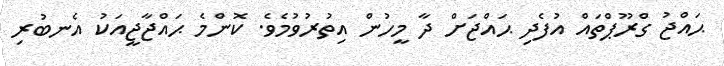
ޙައްޖު ގްރޫޕްތައް އުފެދި ޙައްޖަށް ދާ މީހުން އިތުރުވުމެވެ. ކޮންމެ ޙައްޖާޖީއަކު އެނބުރި